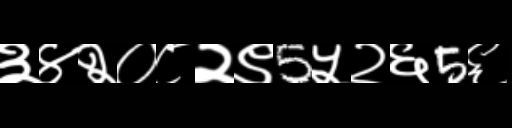
Text: ३४२०८२९5५२६5६